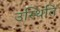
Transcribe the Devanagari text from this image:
उस्थिति